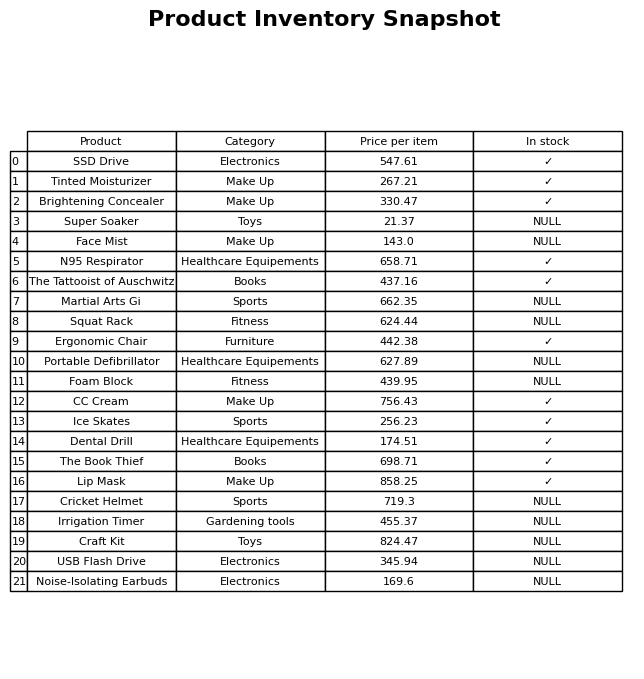
question: What is the price of the The Tattooist of Auschwitz?
answer: The price of The Tattooist of Auschwitz is 437.16.